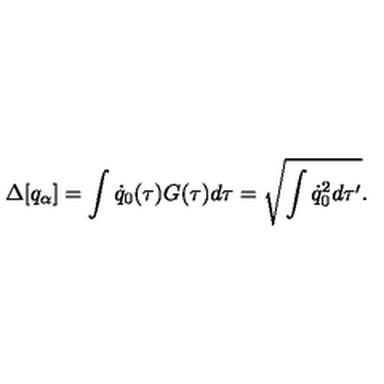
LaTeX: \Delta [ q _ { \alpha } ] = \int \dot { q } _ { 0 } ( \tau ) G ( \tau ) d \tau = \sqrt { \int \dot { q } _ { 0 } ^ { 2 } d \tau ^ { \prime } } .